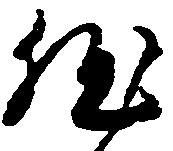
然